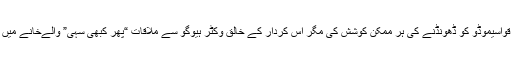
ہم نے نوترے دیم کلیسا میں چشم تخیل سے قواسیموڈو کو ڈھونڈنے کی ہر ممکن کوشش کی مگر اس کردار کے خالق وکٹر ہیوگو سے ملاقات “پھر کبھی سہی” والےخانے میں چلی گئی کہ تنگئ وقت دامن سے لپٹی تھی۔